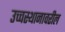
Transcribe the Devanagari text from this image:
उच्चस्थानावरील